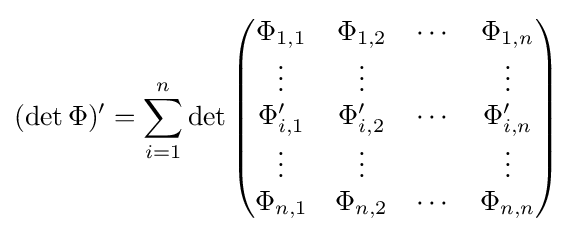
(\det \Phi )'=\sum _{i=1}^{n}\det {\begin{pmatrix}\Phi _{1,1}&\Phi _{1,2}&\cdots &\Phi _{1,n}\\\vdots &\vdots &&\vdots \\\Phi '_{i,1}&\Phi '_{i,2}&\cdots &\Phi '_{i,n}\\\vdots &\vdots &&\vdots \\\Phi _{n,1}&\Phi _{n,2}&\cdots &\Phi _{n,n}\end{pmatrix}}